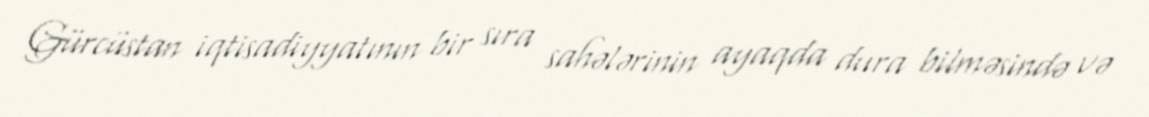
Gürcüstan iqtisadiyyatının bir sıra sahələrinin ayaqda dura bilməsində və